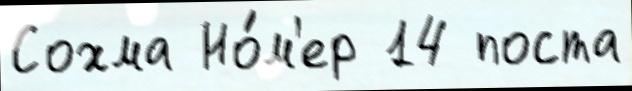
Сохма Но́м'ер 14 поста